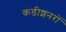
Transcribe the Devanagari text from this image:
कंडीशनरों